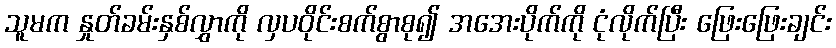
သူမက နှုတ်ခမ်းနှစ်လွှာကို လှပဝိုင်းစက်စွာစု၍ အအေးပိုက်ကို ငုံလိုက်ပြီး ဖြေးဖြေးချင်း